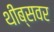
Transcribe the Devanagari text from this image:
थीब्सवर